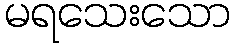
မရသေးသော